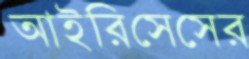
আইরিসেসের